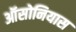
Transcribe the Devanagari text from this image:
ऑसोनियास